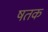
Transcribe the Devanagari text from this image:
षतक